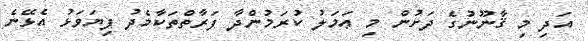
އަދި މި ޤާނޫނުގެ ދަށުން މި ޢަމަލު ކުރަމުންދާ ފަރާތްތަކާމެދު ފިޔަވަޅު އެޅޭނެ